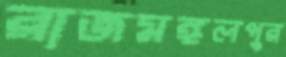
রাজমঙ্গলপুর